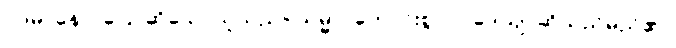
ဝဒမာနော၊ ပြောဆိုသောသူသည်။ သမ္မာ၊ ကောင်းစွာ။ ဝဒေယျ၊ ဆိုသည်မည်၏။